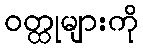
ဝတ္ထုများကို